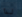
لذا